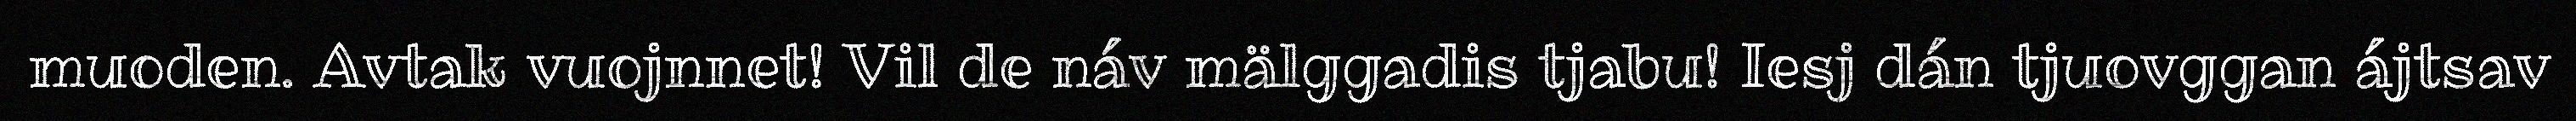
muoden. Avtak vuojnnet! Vil de náv mälggadis tjabu! Iesj dán tjuovggan ájtsav